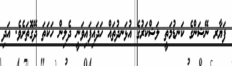
ފަޔާރ ނޭޝަންގެ ކަނޑުމަތީ ލަޝްކަރުގެ އުޅަނދުތައް ހަދައިފައިވަނީ ދެލިން ހަކަތަ ދޭގޮތަށެވެ. އަދި